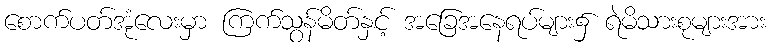
စောက်ပတ်အုံလေးမှာ ကြက်သွန်မိတ်နှင့် အခြေအနေရပ်များ၌ ရဲမိသားစုများအား